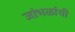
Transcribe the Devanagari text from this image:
जांभळांची